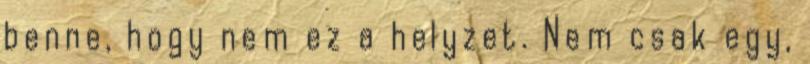
benne, hogy nem ez a helyzet. Nem csak egy,